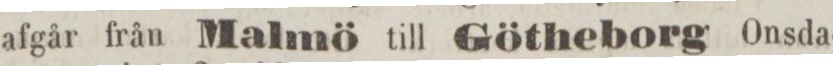
afgår från Malmö till Götheborg Onsda-